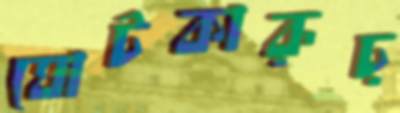
ঘোটকারূঢ়